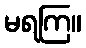
မရကြ။